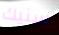
سنيك